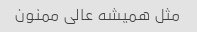
مثل همیشه عالی ممنون